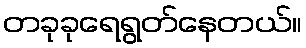
တခုခုရေရွတ်နေတယ်။